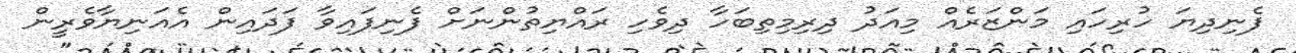
ފެނިދިޔަ ހުރިހައި މަންޒަރެއް މިއަދު ދިރިމިތިބަހާ ދިވެހި ރައްޔިތުންނަށް ފެނިފައިވާ ފަދައިން އެއަނިޔާވެރީން